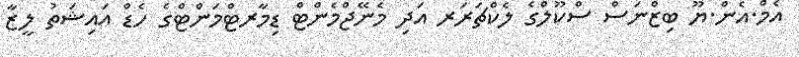
އެމް.އެން.ޔޫ ބިޒްނަސް ސްކޫލްގެ ލެކްޗަރަރ އަދި މެނޭޖްމެންޓް ޑިމާރޓްމަންޓްގެ ހެޑް އައިޝަތު ލީޒާ